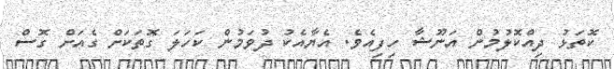
ކޮތަޅު ދިއްކޮލުމުންް އަނޫޝާ ހިފިއެވެ. އެޔާއެކު ދުވަމުން ކަހަލަ ގޮތަކަށް ގެއަށް ގޮސް